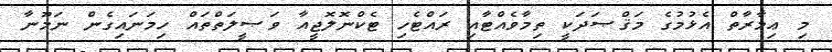
މި ޢިމާރާތް އެޅުމުގެ މަޤްޞަދަކީ ތިމާވެއްޓާއި ރައްޓެހި ޓެެކްނޮލޮޖީއާ ވަޞީލަތްތައް ހިމަނައިގެން ނަމޫނާ